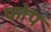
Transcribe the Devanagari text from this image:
फोप